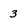
Character: 3